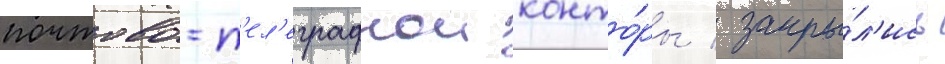
почтово-т'ел'еграфнои конто́ры / закры́л'ись